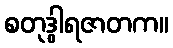
စတုဒွါရဇာတက။